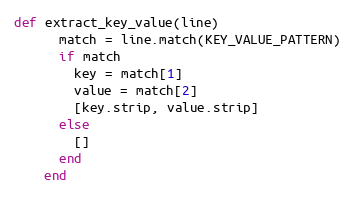
Language: Ruby
def extract_key_value(line)
      match = line.match(KEY_VALUE_PATTERN)
      if match
        key = match[1]
        value = match[2]
        [key.strip, value.strip]
      else
        []
      end
    end